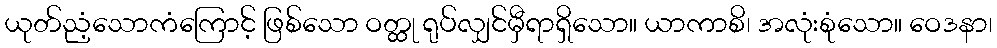
ယုတ်ညံ့သောကံကြောင့် ဖြစ်သော ဝတ္ထု ရုပ်လျှင်မှီရာရှိသော။ ယာကာစိ၊ အလုံးစုံသော။ ဝေဒနာ၊